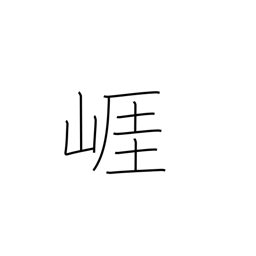
Meaning: bluff